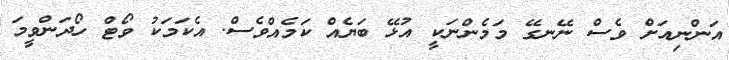
އަންނިއަށް ވެސް ނޭނގޭ މަމެންނަކީ އުޅޭ ބަޔެއް ކަމެއްވެސް. އެކަމަކު ވޯޓް ހޯދަންވީމަ